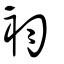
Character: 袀